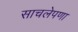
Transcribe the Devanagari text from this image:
साचलेपणा